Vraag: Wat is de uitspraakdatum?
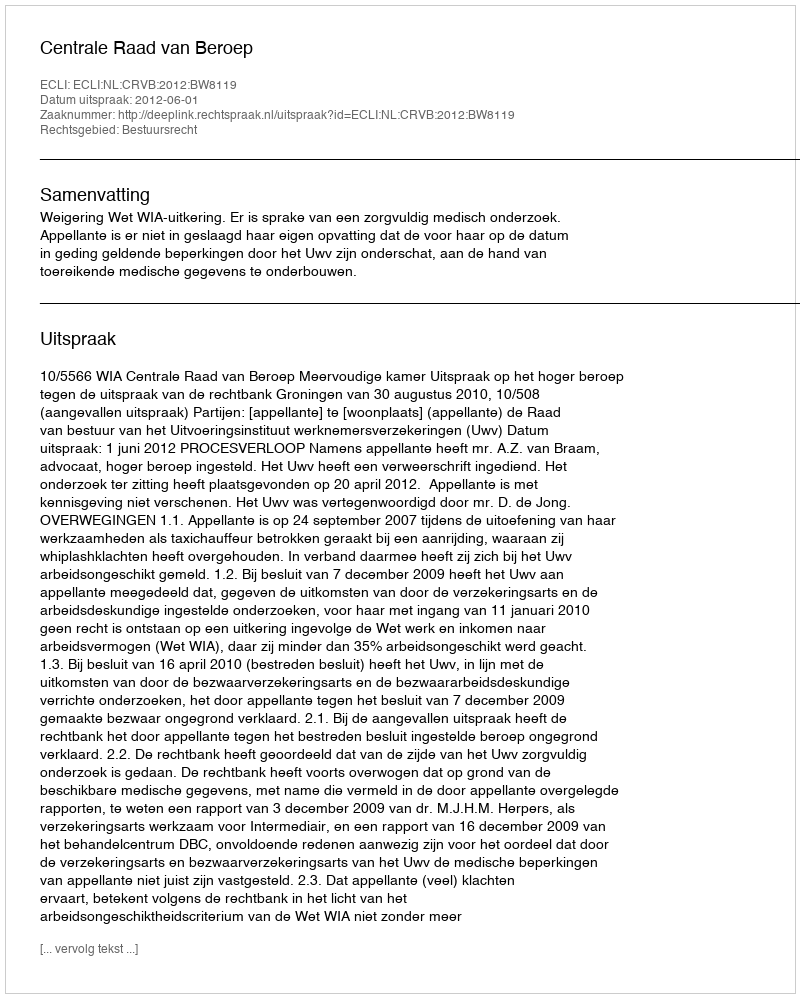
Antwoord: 2012-06-01